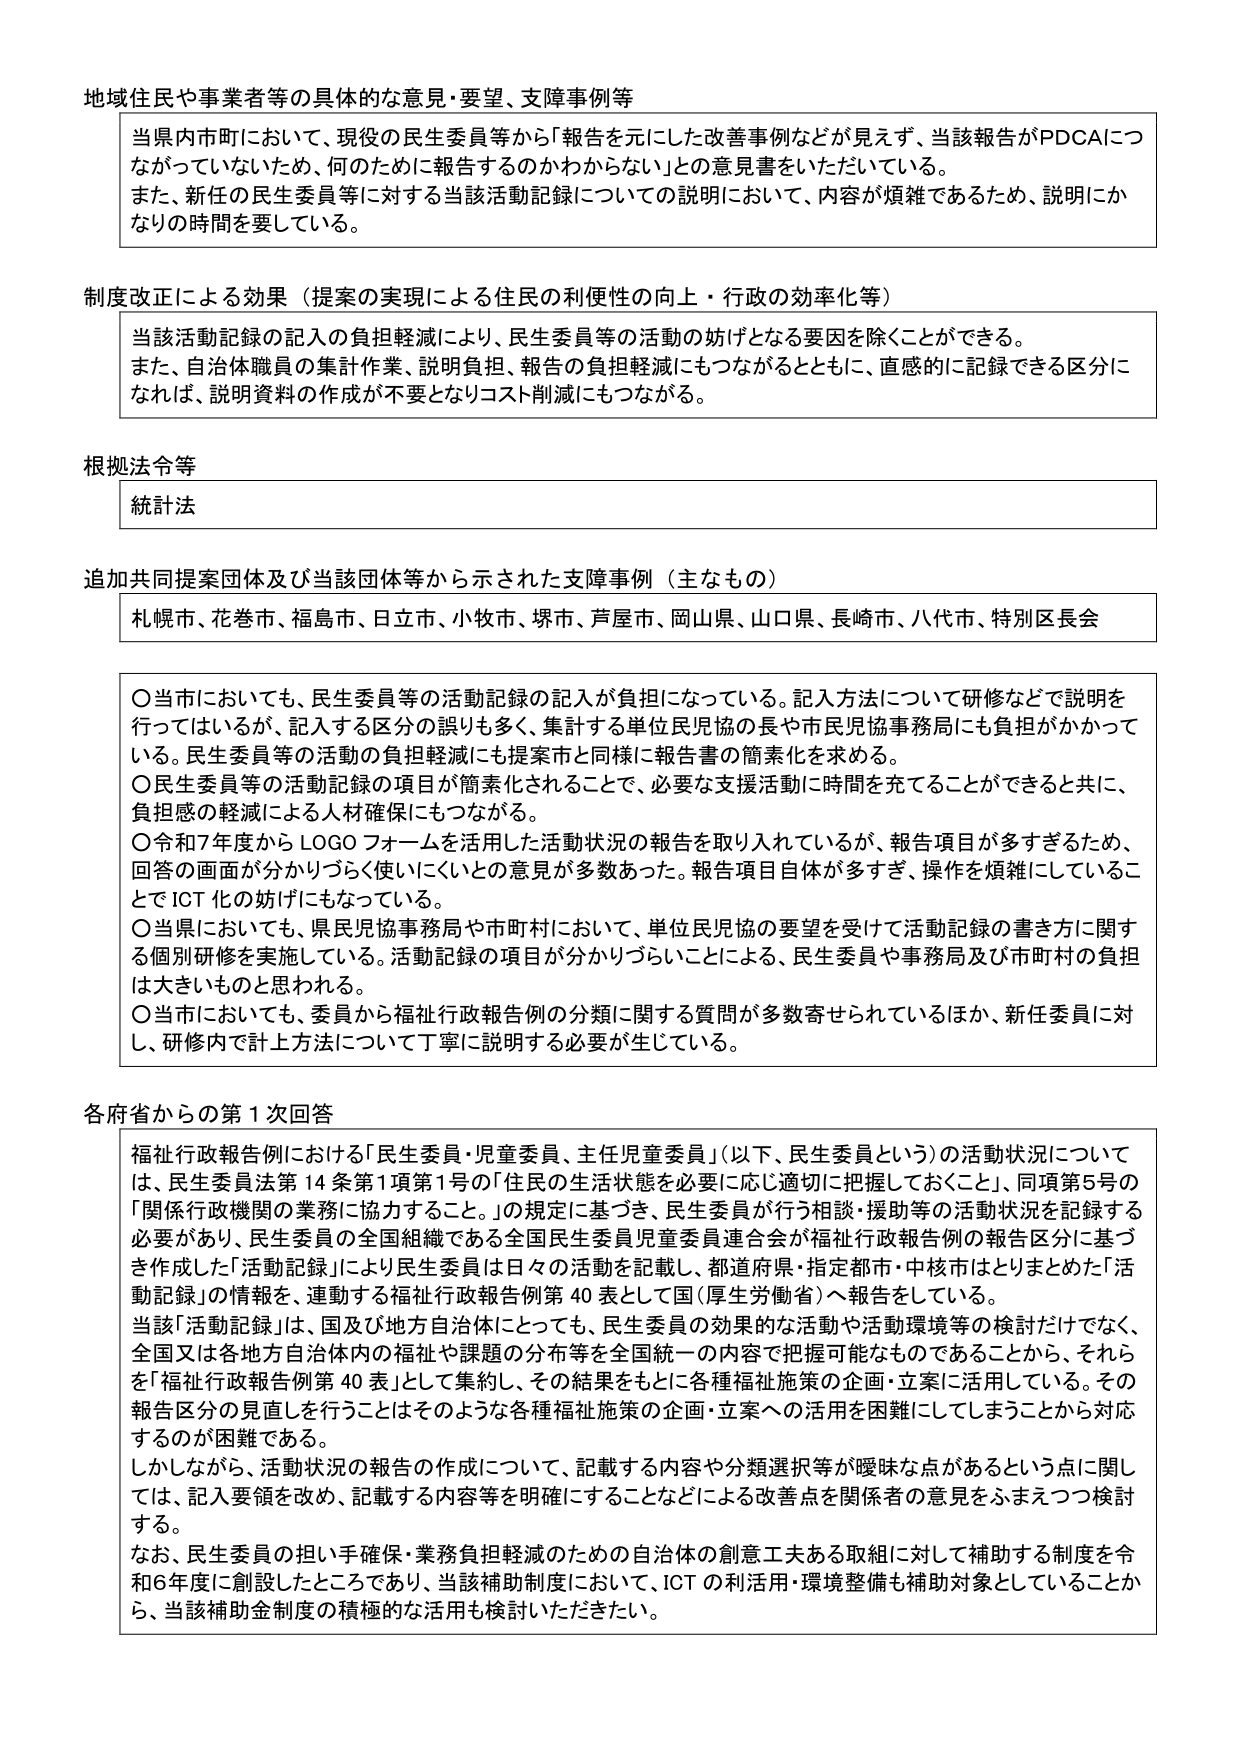
地域住民や事業者等の具体的な意見・要望、支障事例等

当県内市町において、現役の民生委員等から「報告を元にした改善事例などが見えず、当該報告がPDCAにつながっていないため、何のために報告するのかわからない」との意見書をいただいている。
また、新任の民生委員等に対する当該活動記録についての説明において、内容が煩雑であるため、説明にかなりの時間を要している。

制度改正による効果（提案の実現による住民の利便性の向上・行政の効率化等）

当該活動記録の記入の負担軽減により、民生委員等の活動の妨げとなる要因を除くことができる。
また、自治体職員の集計作業、説明負担、報告の負担軽減にもつながるとともに、直感的に記録できる区分になれば、説明資料の作成が不要となりコスト削減にもつながる。

根拠法令等

統計法

追加共同提案団体及び当該団体等から示された支障事例（主なもの）

札幌市、花巻市、福島市、日立市、小牧市、堺市、芦屋市、岡山県、山口県、長崎市、八代市、特別区長会

〇当市においても、民生委員等の活動記録の記入が負担になっている。記入方法について研修などで説明を行ってはいるが、記入する区分の誤りも多く、集計する単位民児協の長や市市民児協事務局にも負担がかかっている。民生委員等の活動の負担軽減にも提案市と同様に報告書の簡素化を求める。
〇民生委員等の活動記録の項目が簡素化されることで、必要な支援活動に時間を充てることができると共に、負担感の軽減による人材確保にもつながる。
〇令和7年度からLOGOフォームを活用した活動状況の報告を取り入れているが、報告項目が多すぎるため、回答の画面が分かりづらく使いにくいとの意見が多数あった。報告項目自体が多すぎ、操作を煩雑にしていることでICT化の妨げにもなっている。
〇当県においても、県民児協事務局や市町村において、単位民児協の要望を受けて活動記録の書き方に関する個別研修を実施している。活動記録の項目が分かりづらいことによる、民生委員や事務局及び市町村の負担は大きいものと思われる。
〇当市においても、委員から福祉行政報告例の分類に関する質問が多数寄せられているほか、新任委員に対し、研修内で計上方法について丁寧に説明する必要が生じている。

各府省からの第1次回答

福祉行政報告例における「民生委員・児童委員、主任児童委員」（以下、民生委員という）の活動状況については、民生委員法第14条第1項第1号の「住民の生活状態を必要に応じ適切に把握しておくこと」、同項第5号の「関係行政機関の業務に協力する。」の規定に基づき、民生委員が行う相談・援助等の活動状況を記録する必要があり、民生委員の全国組織である全国民生委員児童委員連合会が福祉行政報告例の報告区分に基づき作成した「活動記録」により民生委員は日々の活動を記載し、都道府県・指定都市・中核市はとりまとめた「活動記録」の情報を、連動する福祉行政報告例第40表として国（厚生労働省）へ報告をしている。
当該「活動記録」は、国及び地方自治体にとっても、民生委員の効果的な活動や活動環境等の検討だけでなく、全国又は各地方自治体内の福祉や課題の分布等を全国統一の内容で把握可能なものであることから、それらを「福祉行政報告例第40表」として集約し、その結果をもとに各種福祉施策の企画・立案に活用している。その報告区分の見直しを行うことはそのような各種福祉施策の企画・立案への活用を困難にしてしまうことから対応するのが困難である。
しかしながら、活動状況の報告の作成について、記載する内容や分類選択等が曖昧な点があるという点に関しては、記入要領を改め、記載する内容等を明確にすることなどによる改善点を関係者の意見をふまえつつ検討する。
なお、民生委員の担い手確保・業務負担軽減のための自治体の創意工夫ある取組に対して補助する制度を令和6年度に創設したところであり、当該補助制度において、ICTの利活用・環境整備も補助対象としていることから、当該補助金制度の積極的な活用も検討いただきたい。